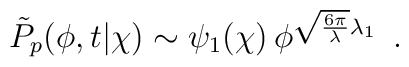
\tilde{P}_p(\phi,t|\chi) \sim  \psi_1(\chi)\,   \phi^{\sqrt{6\pi\over\lambda}\lambda_1} \,   \ .